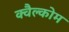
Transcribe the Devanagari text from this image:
क्वैल्कोम